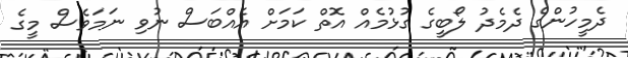
ދެމީހުންގެ ދެމެދު ލޯބީގެ ގުޅުމެއް އޮތް ކަމަށް އެއްބަސް ނުވި ނަމަވެސް މީގެ